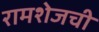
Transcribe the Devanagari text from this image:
रामशेजची